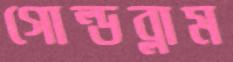
গোল্ডব্লাম